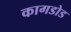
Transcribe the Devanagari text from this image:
कागडोड